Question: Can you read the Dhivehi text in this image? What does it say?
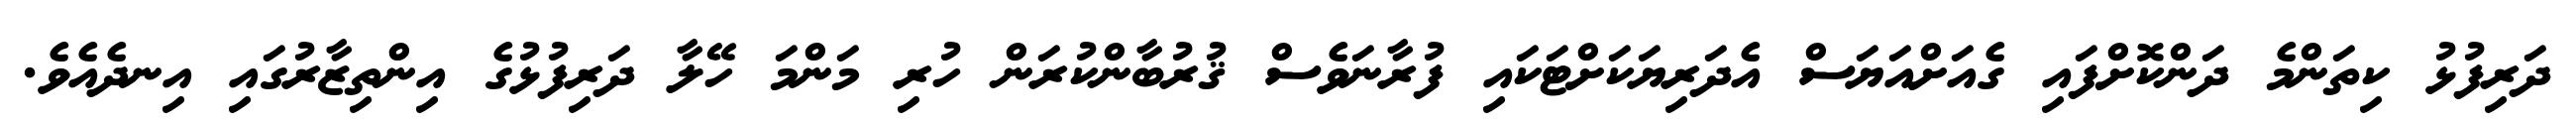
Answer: ދަރިފުޅު ކިތަންމެ ދަންކޮށްފައި ގެއަށްއަޔަސް އެދަރިޔަކަށްޓަކައި ފުރާނަވެސް ޤުރުބާންކުރަން ހުރި މަންމަ ހޭލާ ދަރިފުޅުގެ އިންތިޒާރުގައި އިނދެއެވެ.